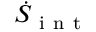
\dot { S } _ { \mathrm { ~ i ~ n ~ t ~ } }